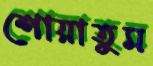
শোয়াতুম